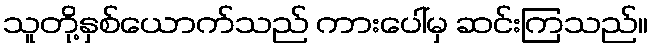
သူတို့နှစ်ယောက်သည် ကားပေါ်မှ ဆင်းကြသည်။